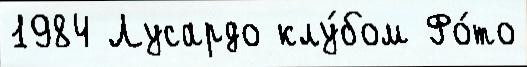
1984 Лусардо клу́бом Фо́то